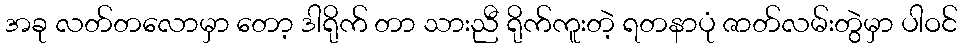
အခု လတ်တလောမှာ တော့ ဒါရိုက် တာ သားညီ ရိုက်ကူးတဲ့ ရတနာပုံ ဇာတ်လမ်းတွဲမှာ ပါဝင်